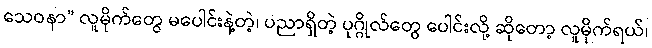
သေဝနာ” လူမိုက်တွေ မပေါင်းနဲ့တဲ့၊ ပညာရှိတဲ့ ပုဂ္ဂိုလ်တွေ ပေါင်းလို့ ဆိုတော့ လူမိုက်ရယ်၊